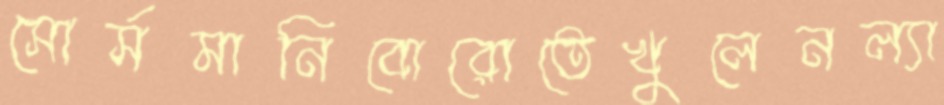
সোর্সমানিবোরোতেখুলেনল্যা